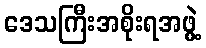
ဒေသကြီးအစိုးရအဖွဲ့